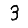
Digit: 3